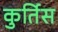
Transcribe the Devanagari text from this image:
कुर्तिस